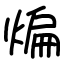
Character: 煸